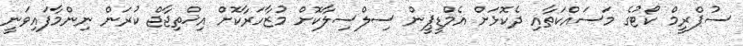
ސުޕްރީމް ކޯޓުގެ މަސައްކަތާއި ދެކޮޅަށް އެމްޑީޕީން ސިލްސިލާކޮށް މުޒާހަރާކޮށް އިޚްތިޖާޖް ކުރަން ނިންމާފައިވަނީ